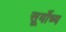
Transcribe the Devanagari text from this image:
सूर्योच्य